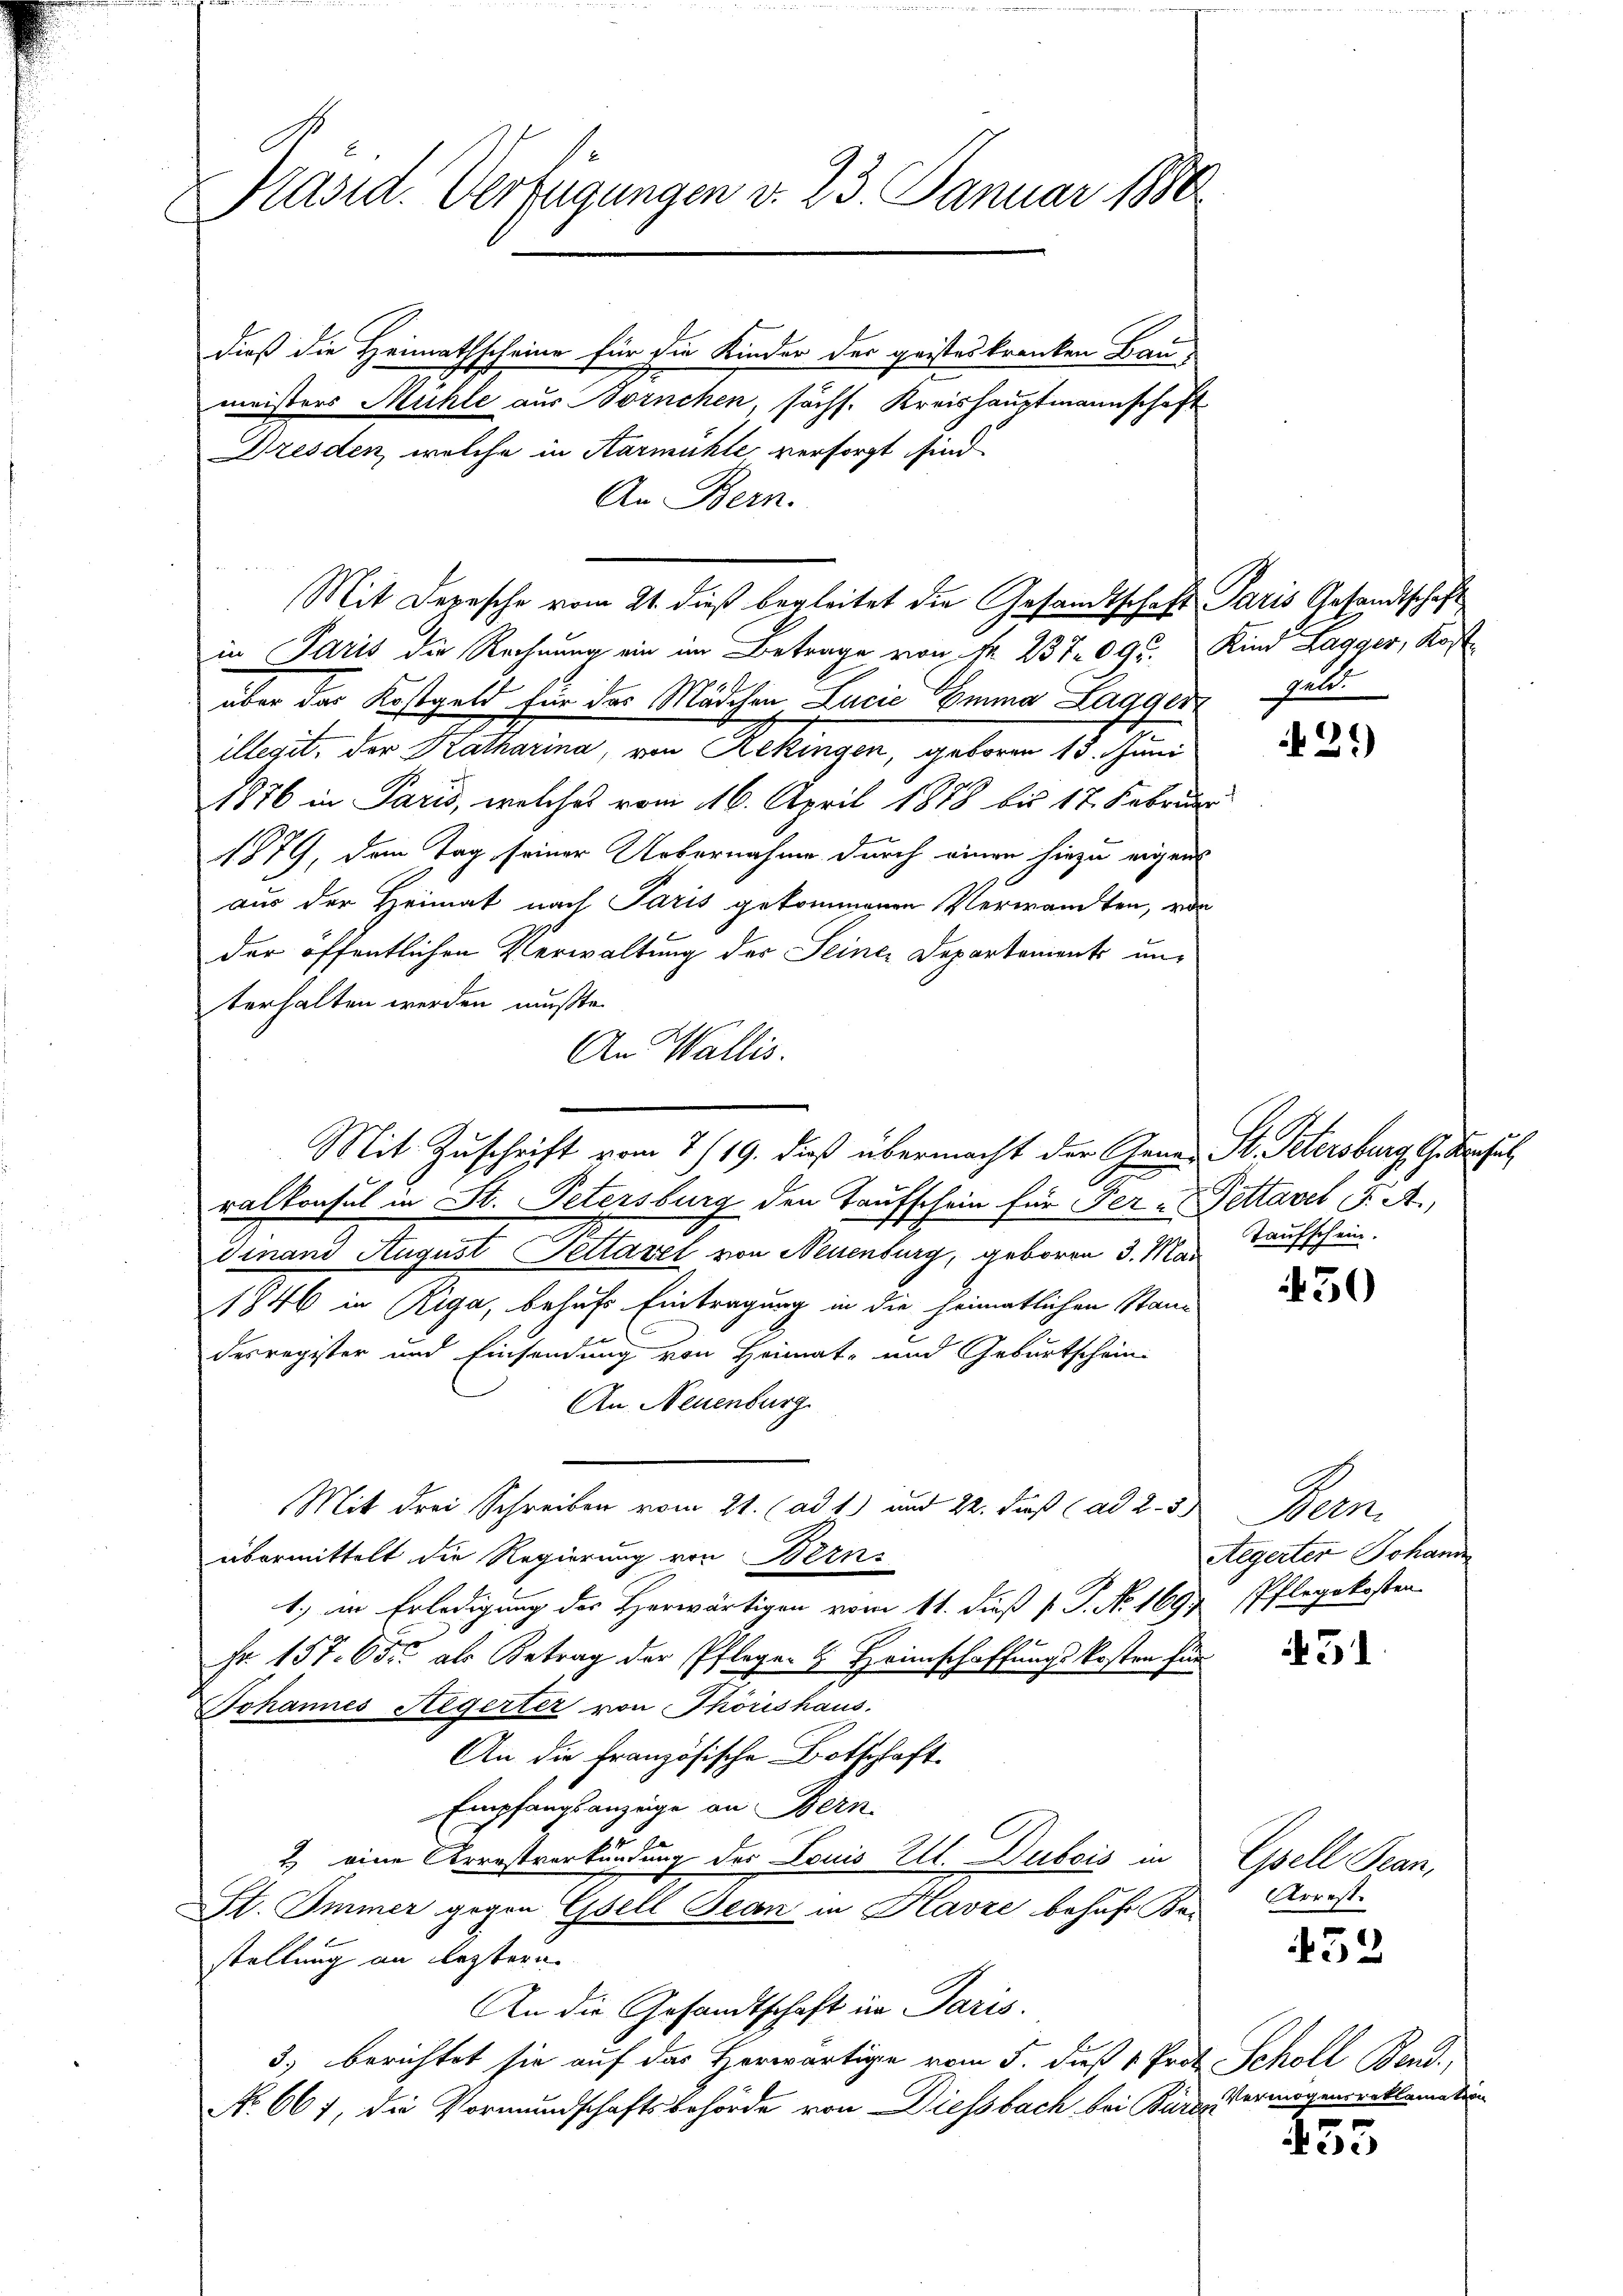
Präsid. Verfügungen d. 23. Januar 1890
C
dieß die Heimathscheine für die Kinder der geisteskranken Bau¬

meisters Mühle aus ornchen, söchs. Kreishauptmannschaft
Dresden, welche in Karmühle, versorgt sind
An Bern.
in Paris die Rechnung ein im Betrage von Fr. 237. 095. Kind Tagger, Kost
über das Kostgeld für das Mädchen Lucie Emma Lagger
illegit, der Katharina, von Aekingen, geboren 13. Juni
1876 in Paris, welches vom 16. April 1878 bis 17. Februar
1879, dem Tag seiner Uebernahme durch einen hiezu eigens
aus der Heimat nach Paris gekommenen Verwandten, vor
der öffentlichen Verwaltung der Seiner Departements unterhalten werden mußte.
An Wallis.
A
ralkonsul in St. Petersburg den Taufschein für Per - Pettavel F. A.,
dinand August Pettavel von Neuenburg, geboren 3. Mai
1846 in Riga, behufs Eintragung in die heimatlichen Standesregister und Einsendung von Heimat- und Geburtschein-
An Neuenburg
Mit drei Schreiben vom 21. (ad 1) und 22. dieß (ad 2. 3
übermittelt die Regierung von Bern.
1.) in Erledigung des Herwärtigen vom 11. dieß P. P. No. 1694 Pflegekosten
Fr. 157. 655 als Betrag der Pfleger & Heimschaffungskosten für
Johannes Seegerter von Thörishaus
An die französische Botschaft.
Empfangsanzeige an Bern
2) eine Arrestverkündung der Louis Ill. Dubois in
S. Immer gegen Gsell Gean in Havre behufe Bei
stellung an leztern.
An die Gesandtschaft im Paris.
3.) berichtet sie auf das Horwärtige vom 5. dieß 1 Prof. Scholl Bend.
No 661, die Vormundschaftsbehörde von Diessbach bei Birne ermögensreklamation

Mit Depesche vom 21. dieß begleitet die Gesandtschaft Paris Gesandtschaft

Mit Zuschrift vom 7./19. dieß übermacht der Gener St. Petersburg G. Schul

welt.

1
)

Taufschein.

450

Pre
Aegerter Johann

451.

Epell Sean,
Arrest.

32

455